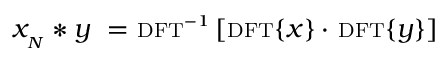
x _ { _ { N } } * y \ = \ \scriptstyle \mathrm { { D F T } } ^ { - 1 } \displaystyle \left[ \scriptstyle \mathrm { { D F T } } \displaystyle \{ x \} \cdot \ \scriptstyle \mathrm { { D F T } } \displaystyle \{ y \} \right]